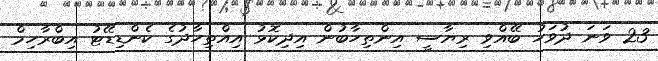
23 ވަނަ ދުވަހު ބޭއްވި ރިޔާސީ އިންތިހާބުން އިދިކޮޅު އިއްތިހާދުގެ ކެންޑިޑޭޓު އިބްރާހިމް